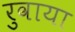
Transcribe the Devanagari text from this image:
रुवाया